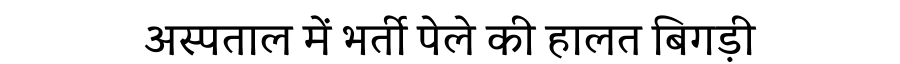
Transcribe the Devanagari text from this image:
अस्पताल में भर्ती पेले की हालत बिगड़ी